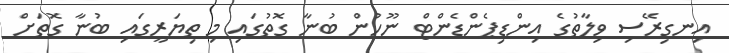
އިނގިރޭސި ވިލާތުގެ އިންޑިޕެންޑެންޓް ނޫހުން ބުނާ ގޮތުގައި މި ތިޔަރީގައި ބުނާ ގޮތަށް